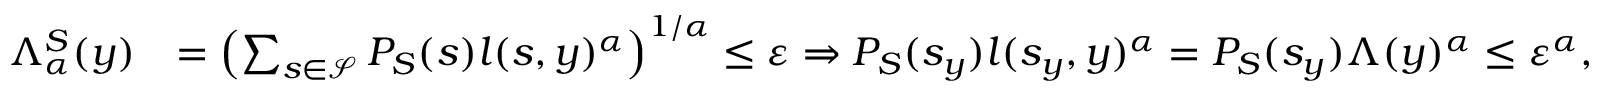
\begin{array} { r l } { \Lambda _ { \alpha } ^ { S } ( y ) } & { = \left( \sum _ { s \in \mathcal { S } } P _ { S } ( s ) l ( s , y ) ^ { \alpha } \right) ^ { 1 / \alpha } \leq { \varepsilon } \Rightarrow P _ { S } ( s _ { y } ) l ( s _ { y } , y ) ^ { \alpha } = P _ { S } ( s _ { y } ) \Lambda ( y ) ^ { \alpha } \leq { \varepsilon ^ { \alpha } } , } \end{array}